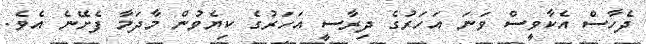
ދެހާސް އެކާވީސް ވަނަ އަހަރުގެ ދިރާސީ އަހަރުގެ ކިޔެވުން މާދަމާ ފެށޭނެ އެވެ.